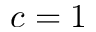
c = 1